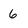
Character: 6